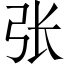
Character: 张